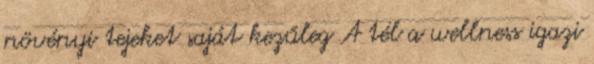
növényi tejeket saját kezűleg A tél a wellness igazi